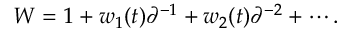
W = 1 + w _ { 1 } ( t ) \partial ^ { - 1 } + w _ { 2 } ( t ) \partial ^ { - 2 } + \cdots .